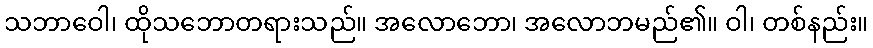
သဘာဝေါ၊ ထိုသဘောတရားသည်။ အလောဘော၊ အလောဘမည်၏။ ဝါ၊ တစ်နည်း။